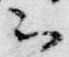
云